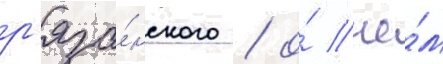
р'яза́нского / о́ че́м